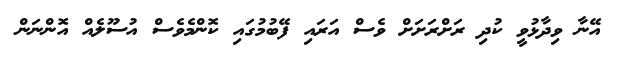
އޭނާ ވިދާޅުވީ ކުދި ރަށްރަށަށް ވެސް އަރައި ފޭބުމުގައި ކޮންމެވެސް އުސޫލެއް އޮންނަން